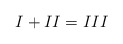
\begin{align*} I + II = III\end{align*}